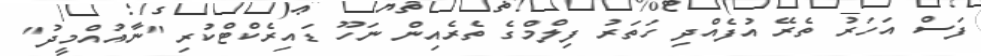
ފަސް އަހަރު ތެރޭ އުފެއްދި ހަތަރު ފިލްމްގެ ތެރެއިން ނަހޫ ޑައިރެކްޓްކުރި "ނާއުއްމީދު"